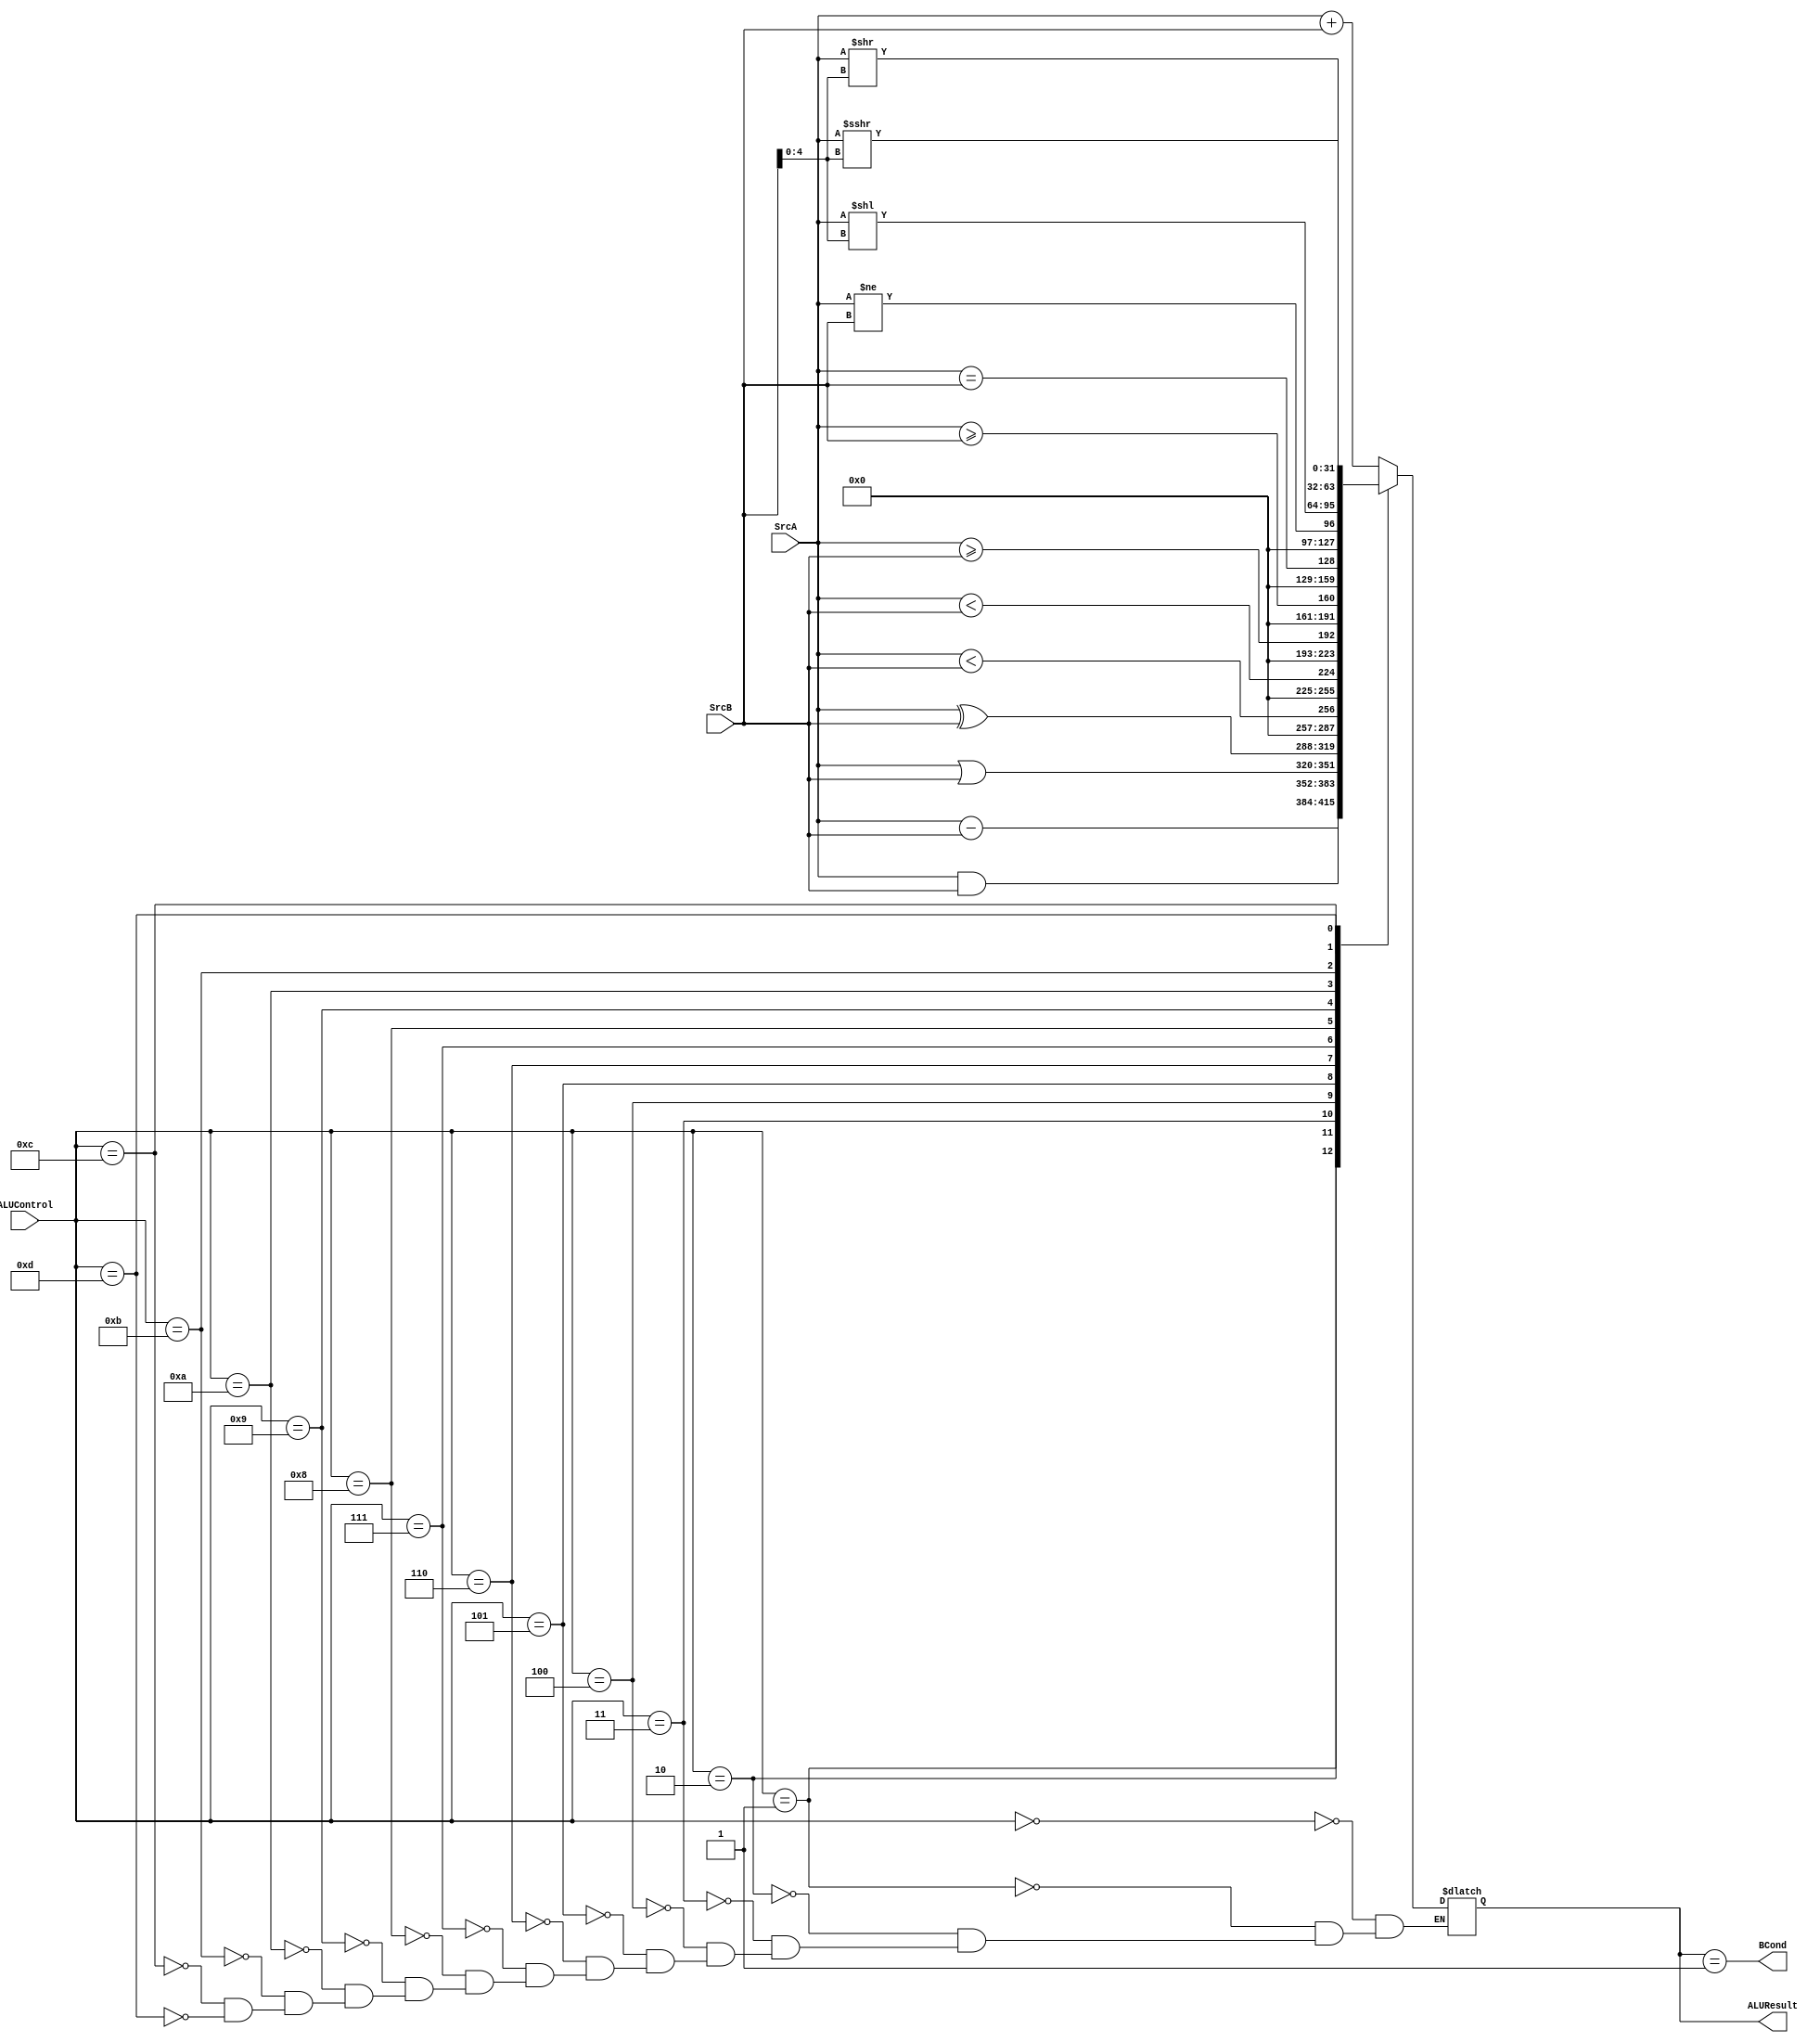
module alu (
	SrcA,
	SrcB,
	ALUControl,
	ALUResult,
	BCond
);
	input wire [31:0] SrcA;
	input wire [31:0] SrcB;
	input wire [3:0] ALUControl;
	output reg [31:0] ALUResult;
	output wire BCond;
	
	wire signed [31:0] SigSrcA;
	wire signed [31:0] SigSrcB;
	assign SigSrcA = SrcA;
	assign SigSrcB = SrcB;
	
	assign BCond = ALUResult == 32'b00000000000000000000000000000001;
	always @(*)
		case (ALUControl)
			4'b0000: ALUResult = SrcA + SrcB;
			4'b0001: ALUResult = SrcA - SrcB;
			4'b0010: ALUResult = SrcA & SrcB;
			4'b0011: ALUResult = SrcA | SrcB;
			4'b0100: ALUResult = SrcA ^ SrcB;                // xor
			4'b0101: ALUResult = SigSrcA < SigSrcB;      // signed slt
			4'b0110: ALUResult = SrcA < SrcB;                // unsigned slt
			4'b0111: ALUResult = SigSrcA >= SigSrcB;   // signed greater or equal
			4'b1000: ALUResult = SrcA >= SrcB;             // unsigned greater or equal
			4'b1001: ALUResult = SrcA == SrcB;             // equal condition
			4'b1010: ALUResult = SrcA != SrcB;              // not-equal condition
			4'b1011: ALUResult = SrcA << SrcB[4:0];     // shift left logic
			4'b1100: ALUResult = SrcA >> SrcB[4:0];     // shift right logic
			4'b1101: ALUResult = SrcA >>> SrcB[4:0];  // shift right arithmetic
			default: ALUResult = ALUResult;
		endcase
endmodule